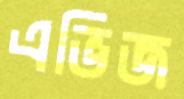
এভিজ